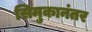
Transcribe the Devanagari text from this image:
सिमुकानंतर